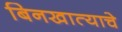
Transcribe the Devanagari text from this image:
बिनखात्याचे